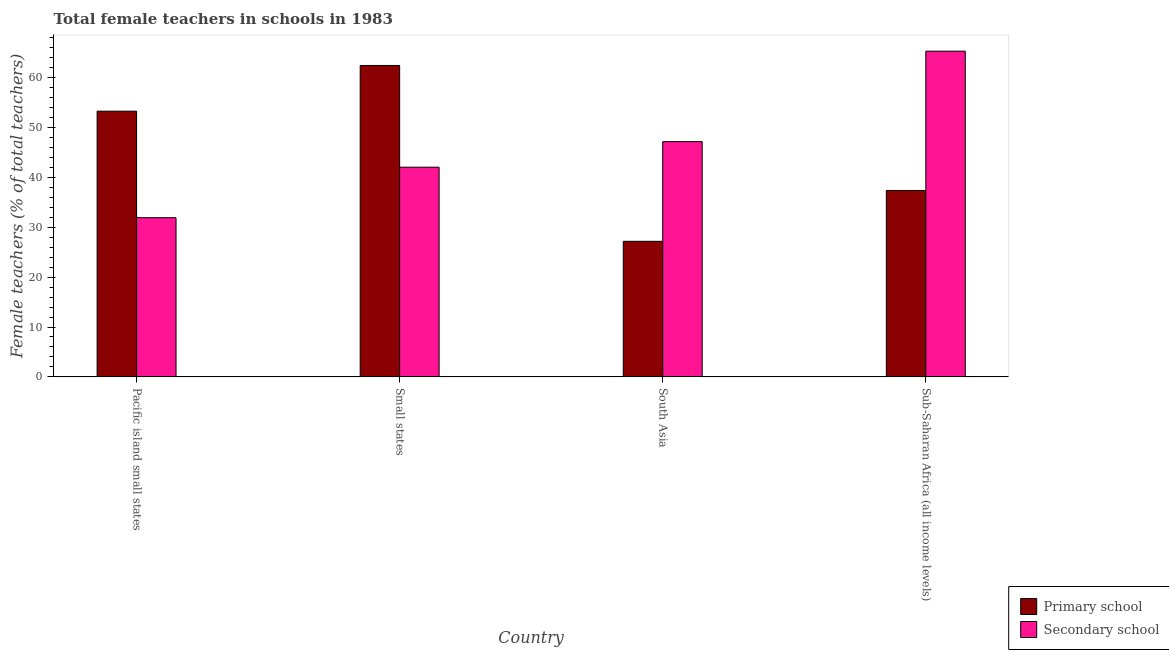
| Country | Primary school | Secondary school |
 | --- | --- | --- |
 | Pacific island small states | 53.3 | 31.9 |
 | Small states | 62.5 | 42.1 |
 | South Asia | 27.2 | 47.2 |
 | Sub-Saharan Africa (all income levels) | 37.4 | 65.3 |